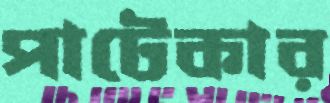
পাটেকার